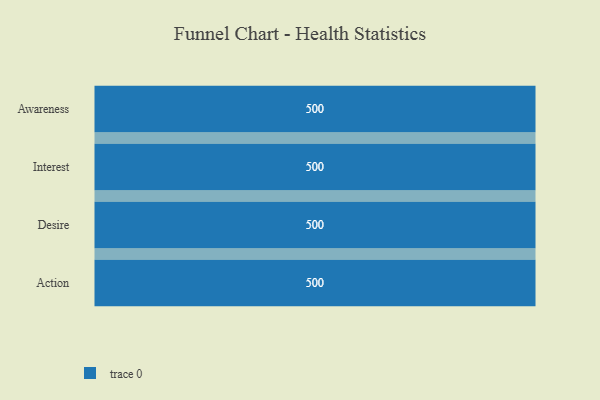
{"axis": {"x": "Stage", "y": "Value"}, "legend": [""], "data": [{"x": "Awareness", "y": 500, "type": ""}, {"x": "Interest", "y": 500, "type": ""}, {"x": "Desire", "y": 500, "type": ""}, {"x": "Action", "y": 500, "type": ""}]}